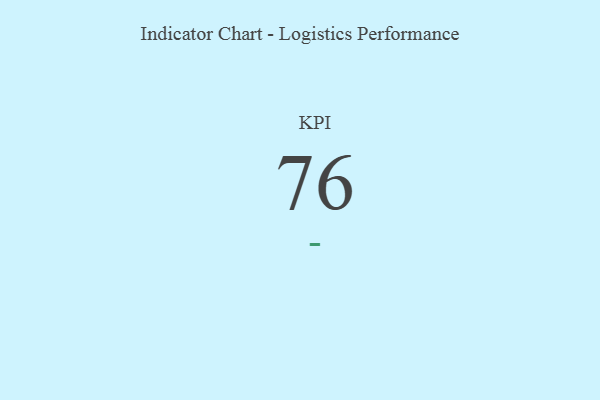
{"axis": {"x": "KPI", "y": "Value"}, "legend": [""], "data": [{"x": "KPI", "y": 76, "type": ""}]}